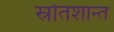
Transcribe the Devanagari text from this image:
स्रोतशान्त